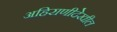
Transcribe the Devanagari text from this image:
अहिराणीदेखील